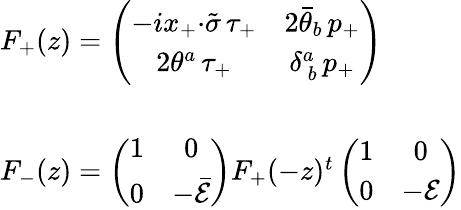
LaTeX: \begin{array}{l}{{F_{+}(z)=\left(\begin{array}{cc}{{-ix_{+}{\cdot\tilde{\sigma}}\, \tau_{+}}}&{{2\bar{\theta}_{b}\, p_{+}}}\\ {{2\theta^{a}\, \tau_{+}}}&{{\delta_{~b}^{a}\, p_{+}}}\end{array}\right)}}\\ {{{}}}\\ {{F_{-}(z)=\left(\begin{array}{cc}{{1}}&{{0}}\\ {{0}}&{{-\bar{{\cal E}}}}\end{array}\right)F_{+}(-z)^{t}\left(\begin{array}{cc}{{1}}&{{0}}\\ {{0}}&{{-{\cal E}}}\end{array}\right)}}\end{array}